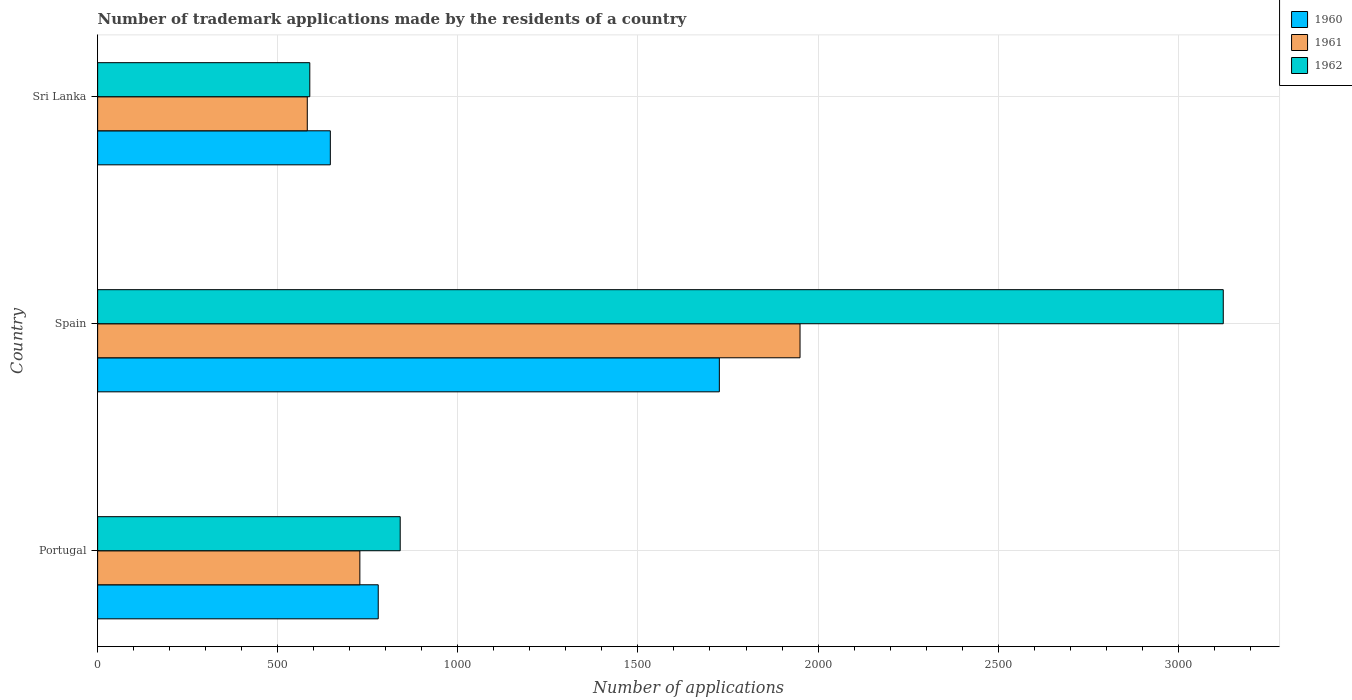
| Country | 1960 | 1961 | 1962 |
 | --- | --- | --- | --- |
 | Portugal | 779 | 728 | 840 |
 | Spain | 1.73e+03 | 1.95e+03 | 3.12e+03 |
 | Sri Lanka | 646 | 582 | 589 |